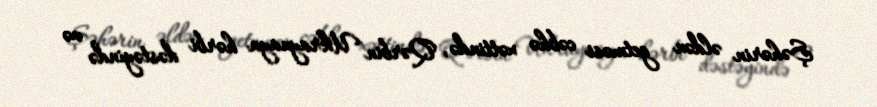
Şəhərin əldən getməsi cəbhə xəttində, Qərbin Ukraynaya hərbi dəstəyində və